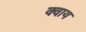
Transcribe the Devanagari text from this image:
क्वाय